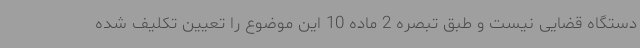
دستگاه قضایی نیست و طبق تبصره 2 ماده 10 این موضوع را تعیین تکلیف شده